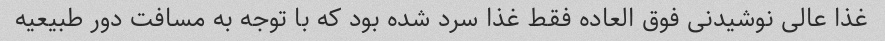
غذا عالی نوشیدنی فوق العاده فقط غذا سرد شده بود که با توجه به مسافت دور طبیعیه